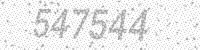
Solution: 547544